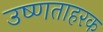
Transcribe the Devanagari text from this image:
उष्णताहरक